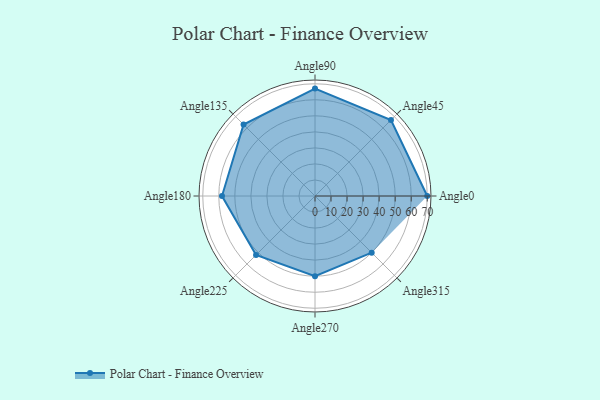
{"axis": {"x": "Angle", "y": "Radius"}, "legend": [""], "data": [{"x": "Angle0", "y": 70.0, "type": ""}, {"x": "Angle45", "y": 67.0, "type": ""}, {"x": "Angle90", "y": 67.0, "type": ""}, {"x": "Angle135", "y": 63.0, "type": ""}, {"x": "Angle180", "y": 58.0, "type": ""}, {"x": "Angle225", "y": 52.0, "type": ""}, {"x": "Angle270", "y": 50, "type": ""}, {"x": "Angle315", "y": 50, "type": ""}]}